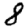
Digit: 8